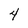
Character: 4